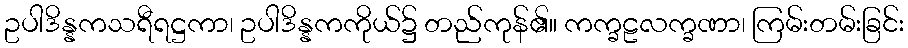
ဥပါဒိန္နကသရီရဋ္ဌကာ၊ ဥပါဒိန္နကကိုယ်၌ တည်ကုန်၏။ ကက္ခဠလက္ခဏာ၊ ကြမ်းတမ်းခြင်း